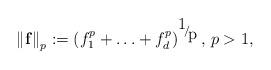
LaTeX: \begin{align*}\left\| \mathbf{f} \right\|_{p}:=\left( f_{1}^{p}+\mathellipsis +f_{d}^{p} \right)^{\raise0.7ex\hbox{1} \!\mathord{\left/ {\vphantom {1 p}}\right.\kern-\nulldelimiterspace}\!\lower0.7ex\hbox{p}},\thinspace p>1,\end{align*}